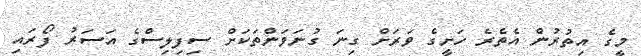
މީގެ އިތުރުން އެތެރެ ހަށީގެ ވަރަށް ގިނަ ގުނަވަންތަކަށް ސިފިލިސްގެ އަސަރު ފޯރައި